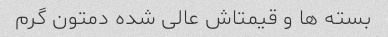
بسته ها و قیمتاش عالی شده دمتون گرم